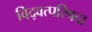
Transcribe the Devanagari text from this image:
विद्वत्परिषदा